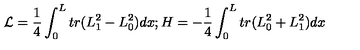
{ \cal L } = \frac { 1 } { 4 } \int _ { 0 } ^ { L } t r ( L _ { 1 } ^ { 2 } - L _ { 0 } ^ { 2 } ) d x ; H = - \frac { 1 } { 4 } \int _ { 0 } ^ { L } t r ( L _ { 0 } ^ { 2 } + L _ { 1 } ^ { 2 } ) d x